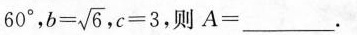
$$6 0°$$， $$b= \sqrt{6}$$， $$c = 3$$，则$$A = ___$$.